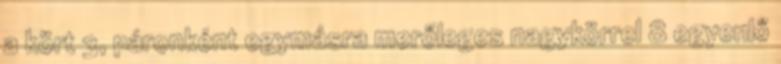
a kört 3, páronként egymásra merőleges nagykörrel 8 egyenlő